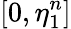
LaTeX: [0,\eta_{1}^{n}]